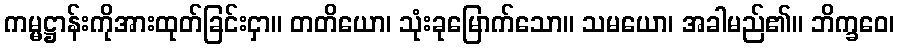
ကမ္မဋ္ဌာန်းကိုအားထုတ်ခြင်းငှာ။ တတိယော၊ သုံးခုမြောက်သော။ သမယော၊ အခါမည်၏။ ဘိက္ခဝေ၊